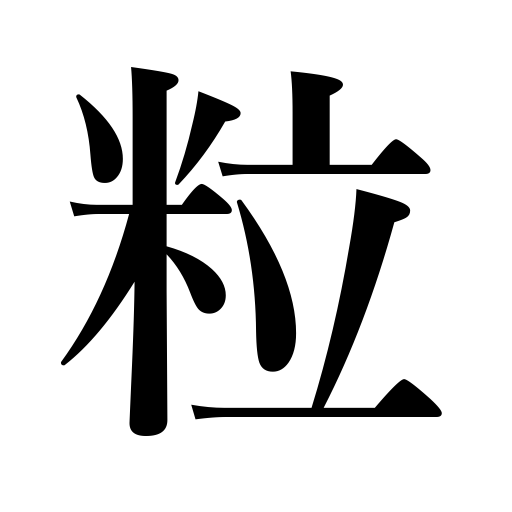
Meanings: drop,counter for tiny particles,grain